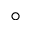
^ { \circ }